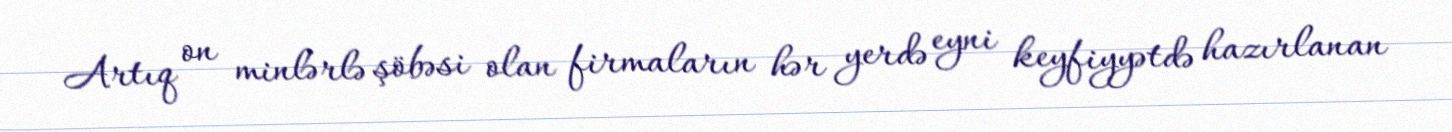
Artıq on minlərlə şöbəsi olan firmaların hər yerdə eyni keyfiyyətdə hazırlanan